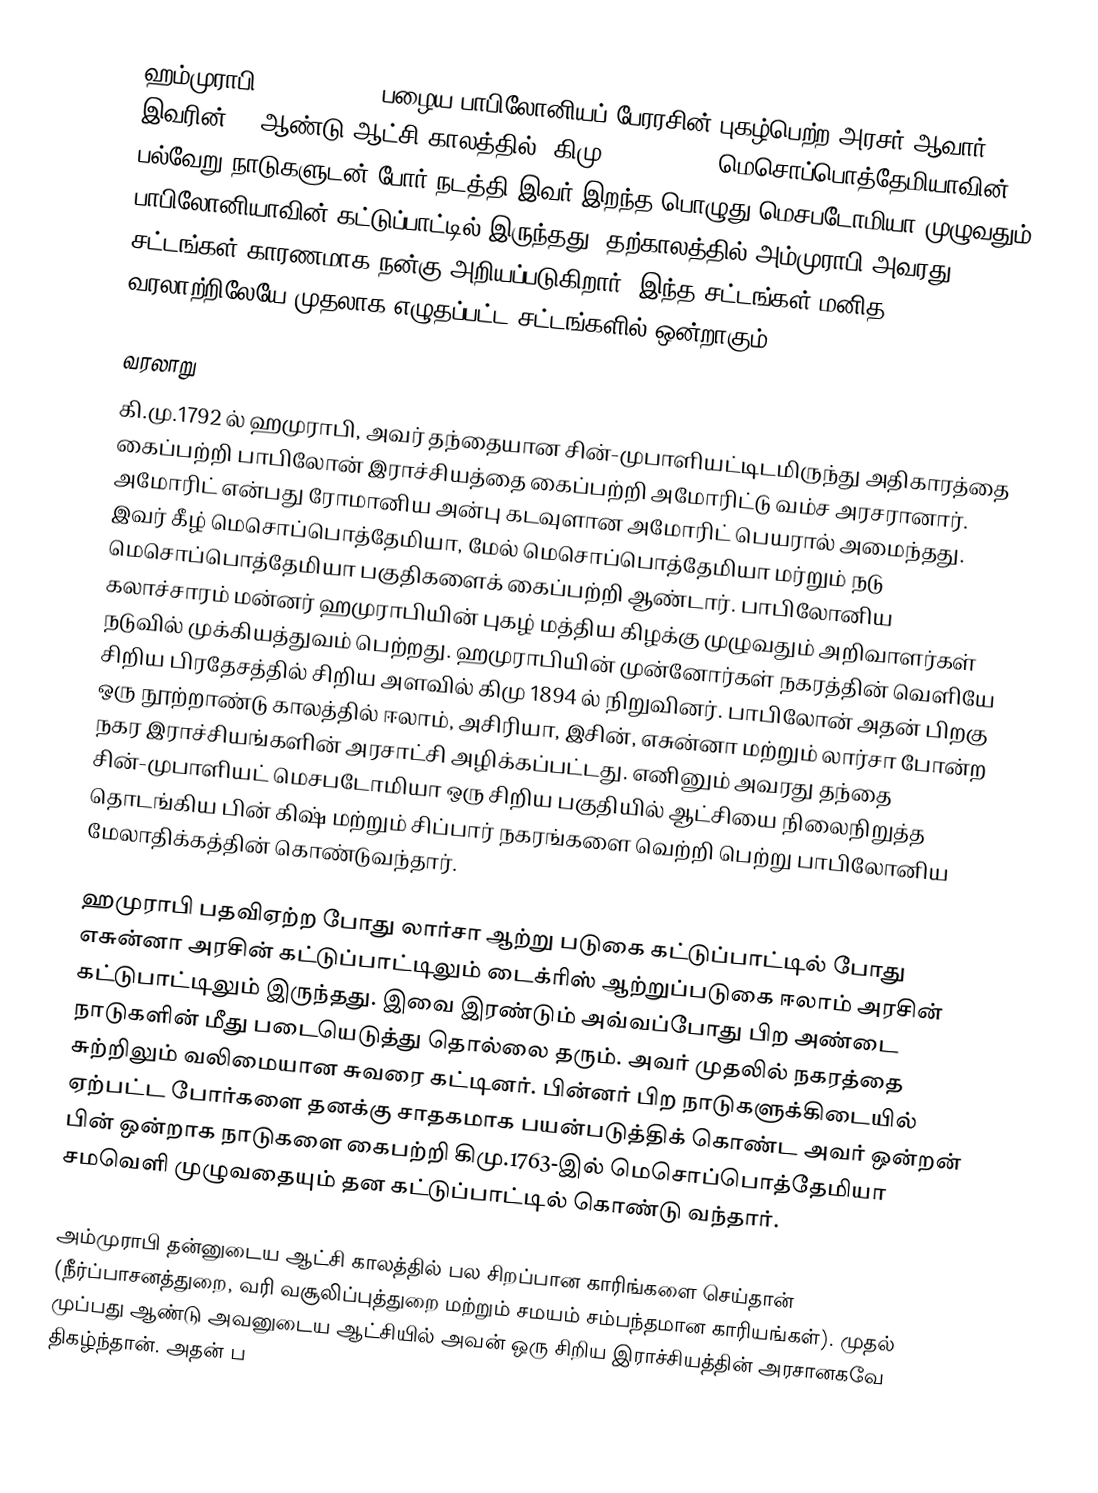
ஹம்முராபி (Hammurabi), பழைய பாபிலோனியப் பேரரசின் புகழ்பெற்ற அரசர் ஆவார். இவரின் 42 ஆண்டு ஆட்சி காலத்தில் (கிமு 1792- 1750) மெசொப்பொத்தேமியாவின் பல்வேறு நாடுகளுடன் போர் நடத்தி இவர் இறந்த பொழுது மெசபடோமியா முழுவதும் பாபிலோனியாவின் கட்டுப்பாட்டில் இருந்தது. தற்காலத்தில் அம்முராபி அவரது சட்டங்கள் காரணமாக நன்கு அறியப்படுகிறார். இந்த சட்டங்கள் மனித வரலாற்றிலேயே முதலாக எழுதப்பட்ட சட்டங்களில் ஒன்றாகும்.

வரலாறு
கி.மு.1792 ல் ஹமுராபி, அவர் தந்தையான சின்-முபாளியட்டிடமிருந்து அதிகாரத்தை கைப்பற்றி பாபிலோன் இராச்சியத்தை கைப்பற்றி அமோரிட்டு வம்ச அரசரானார். அமோரிட் என்பது ரோமானிய அன்பு கடவுளான அமோரிட் பெயரால் அமைந்தது. இவர் கீழ் மெசொப்பொத்தேமியா, மேல் மெசொப்பொத்தேமியா மர்றும் நடு மெசொப்பொத்தேமியா பகுதிகளைக் கைப்பற்றி ஆண்டார்.  பாபிலோனிய கலாச்சாரம் மன்னர் ஹமுராபியின் புகழ் மத்திய கிழக்கு முழுவதும் அறிவாளர்கள் நடுவில் முக்கியத்துவம்  பெற்றது. ஹமுராபியின் முன்னோர்கள் நகரத்தின் வெளியே சிறிய பிரதேசத்தில் சிறிய அளவில் கிமு 1894 ல் நிறுவினர். பாபிலோன் அதன் பிறகு ஒரு நூற்றாண்டு காலத்தில் ஈலாம், அசிரியா, இசின், எசுன்னா மற்றும் லார்சா போன்ற நகர இராச்சியங்களின் அரசாட்சி அழிக்கப்பட்டது. எனினும் அவரது தந்தை சின்-முபாளியட் மெசபடோமியா ஒரு சிறிய பகுதியில் ஆட்சியை நிலைநிறுத்த தொடங்கிய பின் கிஷ்  மற்றும் சிப்பார் நகரங்களை வெற்றி பெற்று பாபிலோனிய மேலாதிக்கத்தின் கொண்டுவந்தார்.

ஹமுராபி பதவிஏற்ற போது லார்சா ஆற்று படுகை கட்டுப்பாட்டில் போது எசுன்னா அரசின் கட்டுப்பாட்டிலும் டைக்ரிஸ் ஆற்றுப்படுகை ஈலாம் அரசின் கட்டுபாட்டிலும் இருந்தது. இவை இரண்டும் அவ்வப்போது பிற அண்டை நாடுகளின் மீது படையெடுத்து தொல்லை தரும். அவர் முதலில் நகரத்தை சுற்றிலும் வலிமையான சுவரை கட்டினர். பின்னர் பிற நாடுகளுக்கிடையில் ஏற்பட்ட போர்களை தனக்கு சாதகமாக பயன்படுத்திக் கொண்ட அவர் ஒன்றன் பின் ஒன்றாக நாடுகளை கைபற்றி கிமு.1763-இல்  மெசொப்பொத்தேமியா சமவெளி முழுவதையும் தன கட்டுப்பாட்டில் கொண்டு வந்தார்.

அம்முராபி தன்னுடைய ஆட்சி காலத்தில் பல சிறப்பான காரிங்களை செய்தான் (நீர்ப்பாசனத்துறை, வரி வசூலிப்புத்துறை மற்றும் சமயம் சம்பந்தமான காரியங்கள்). முதல் முப்பது ஆண்டு அவனுடைய ஆட்சியில் அவன் ஒரு சிறிய இராச்சியத்தின் அரசானகவே திகழ்ந்தான். அதன் ப